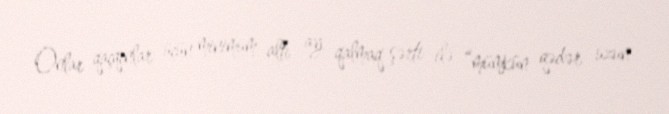
Onlar qaçqınlar üçün minimum altı ay qalmaq şərti ilə “mümkün qədər uzun